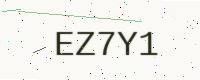
Text: EZ7Y1